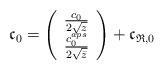
LaTeX: \begin{align*}\mathfrak{c}_0=\left( \begin{array}{c}\frac{c_0}{2\sqrt{z}} \\\frac{c^{aps}_0}{2\sqrt{\bar{z}}}\end{array} \right)+\mathfrak{c}_{\mathfrak{R},0}\end{align*}